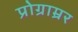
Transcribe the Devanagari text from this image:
प्रोग्राम्रर